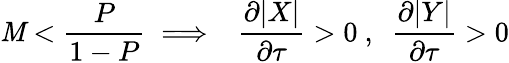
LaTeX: \mathit{M}<\frac{{P}}{{1-P}}\implies~~\frac{{\partial|X|}}{{\partial\tau}}>0~,~~\frac{{\partial|Y|}}{{\partial\tau}}>0